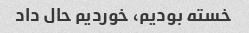
خسته بودیم، خوردیم حال داد